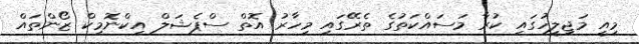
މިއީ މަޖިލީހުގައި ކުރާ މަސައްކަތުގެ ތެރޭގައި މިހާރު އޮތް ސްޕެޝަލް އިކްނޮމިކް ޒޯންތައް